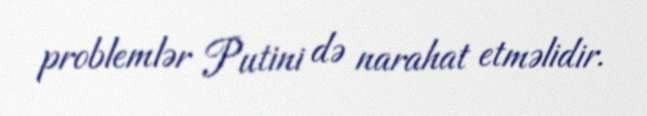
problemlər Putini də narahat etməlidir.